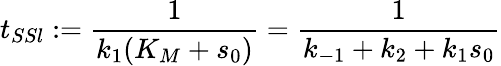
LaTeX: t_{SSl}:=\frac{1}{k_{1}(K_{M}+s_{0})}=\frac{1}{k_{-1}+k_{2}+k_{1}s_{0}}